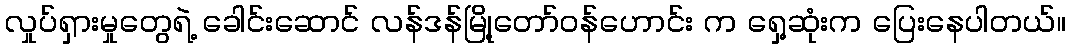
လှုပ်ရှားမှုတွေရဲ့ ခေါင်းဆောင် လန်ဒန်မြို့တော်ဝန်ဟောင်း က ရှေ့ဆုံးက ပြေးနေပါတယ်။